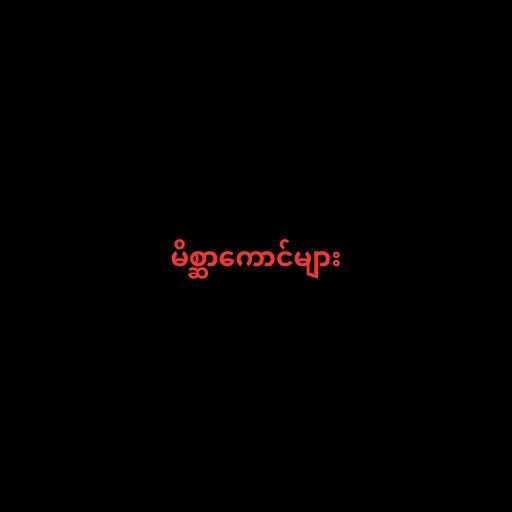
မိစ္ဆာကောင်များ